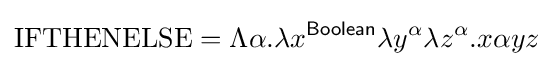
\mathrm {IFTHENELSE} =\Lambda \alpha .\lambda x^{\mathsf {Boolean}}\lambda y^{\alpha }\lambda z^{\alpha }.x\alpha yz